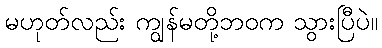
မဟုတ်လည်း ကျွန်မတို့ဘဝက သွားပြီပဲ။